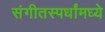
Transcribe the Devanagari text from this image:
संगीतस्पर्धांमध्ये